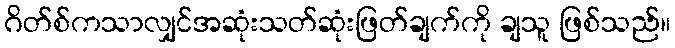
ဂိတ်စ်ကသာလျှင်အဆုံးသတ်ဆုံးဖြတ်ချက်ကို ချသူ ဖြစ်သည်။